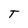
Character: T